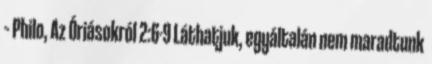
– Philo, Az Óriásokról 2:6-9 Láthatjuk, egyáltalán nem maradtunk